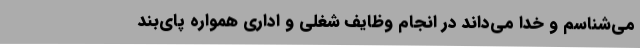
می‌شناسم و خدا می‌داند در انجام وظایف شغلی و اداری همواره پای‌بند